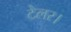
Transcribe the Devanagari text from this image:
टेलर।